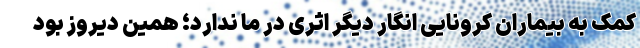
کمک به بیماران کرونایی انگار دیگر اثری در ما ندارد؛ همین دیروز بود